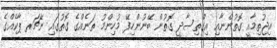
އިޖުތިމާއީ ގޮތުންނާއި އިގްތިސާދީ ގޮތުން ބޭނުންހިފޭ މުހިންމު ތަނެއްގެ ގޮތުގައި ނޭޗަރ ޕާކެއްގެ